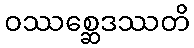
ဝဿစ္ဆေဒဿတိ